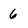
Character: 6